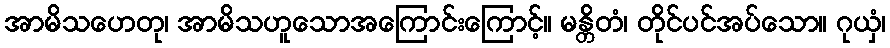
အာမိသဟေတု၊ အာမိသဟူသောအကြောင်းကြောင့်။ မန္တိတံ၊ တိုင်ပင်အပ်သော။ ဂုယှံ၊